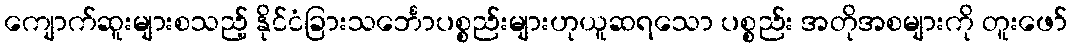
ကျောက်ဆူးများစသည့် နိုင်ငံခြားသင်္ဘောပစ္စည်းများဟုယူဆရသော ပစ္စည်း အတိုအစများကို တူးဖော်